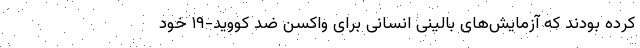
کرده بودند که آزمایش‌های بالینی انسانی برای واکسن ضد کووید-۱۹ خود